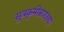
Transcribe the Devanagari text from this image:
सूत्रकृमीसारख्या